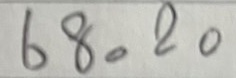
68 = 20